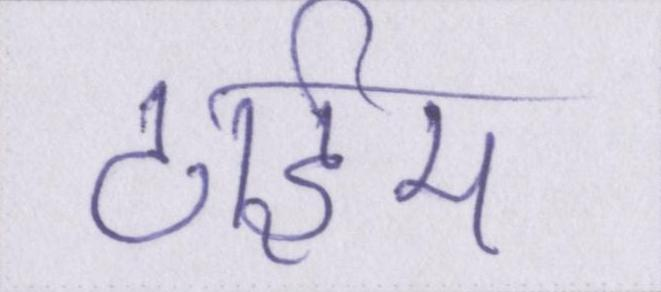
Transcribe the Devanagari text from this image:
टाईम